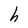
Character: h